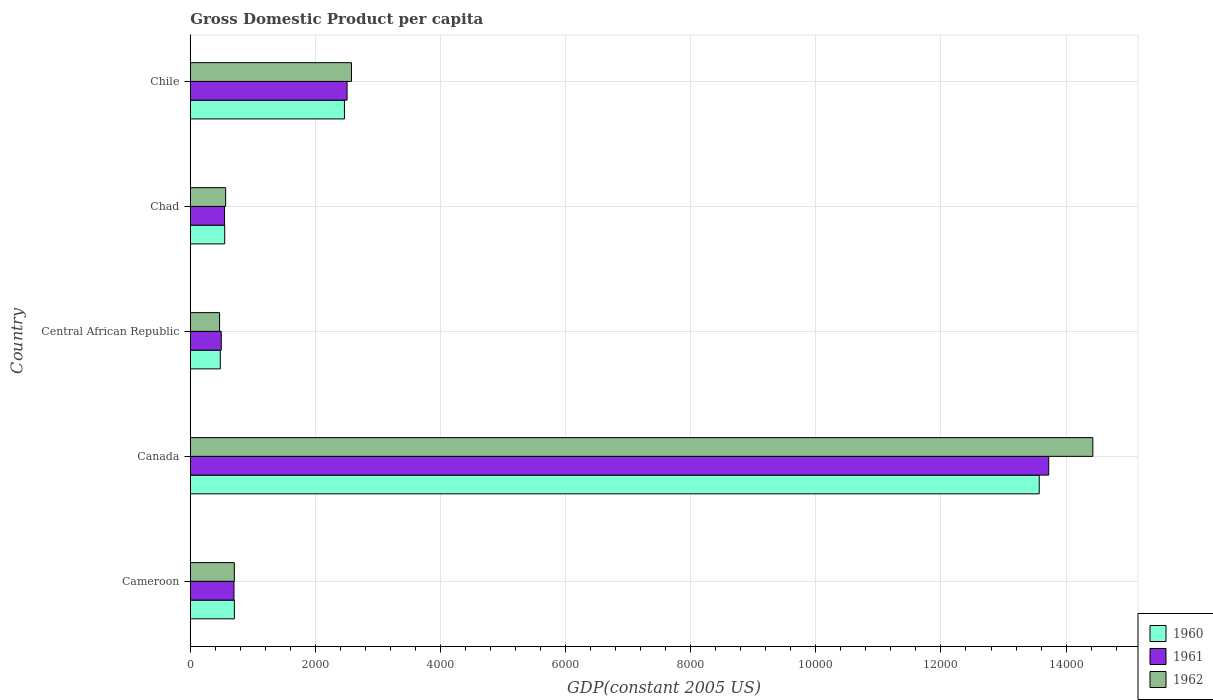
| Country | 1960 | 1961 | 1962 |
 | --- | --- | --- | --- |
 | Cameroon | 705 | 698 | 704 |
 | Canada | 1.36e+04 | 1.37e+04 | 1.44e+04 |
 | Central African Republic | 480 | 495 | 468 |
 | Chad | 550 | 547 | 565 |
 | Chile | 2.46e+03 | 2.51e+03 | 2.58e+03 |